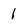
Character: 1